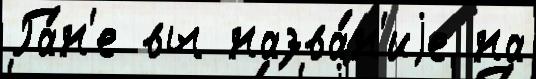
Га́н'е вы назва́н'иjе на